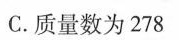
C.质量数为278